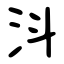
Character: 㳆